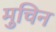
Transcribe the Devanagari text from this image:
मुचिन